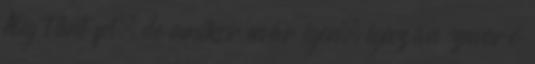
Alig tűnt fel, de amikor már igen, igazán zavaró